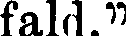
fald."